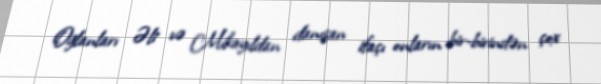
Oğlanları Əli və Mikayıldan danışan ifaçı onların bir-birindən çox